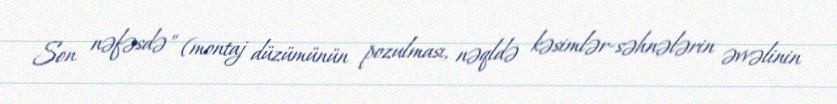
Son nəfəsdə" (montaj düzümünün pozulması, nəqldə kəsimlər-səhnələrin əvvəlinin